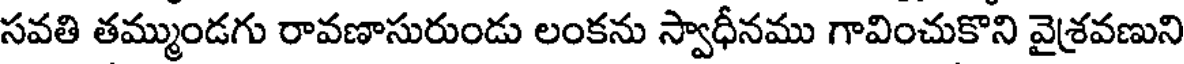
సవతి తమ్ముండగు రావణాసురుండు లంకను స్వాధీనము గావించుకొని వైశ్రవణుని